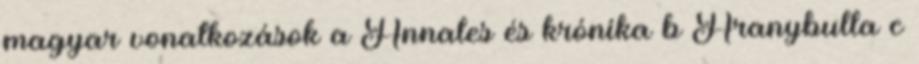
magyar vonatkozások a Annales és krónika b Aranybulla c